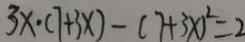
3 x \cdot ( 7 + 3 x ) - ( 7 + 3 x ) ^ { 2 } = 2